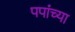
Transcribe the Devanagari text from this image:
पपांच्या